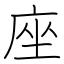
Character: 座